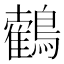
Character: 𪆉